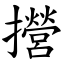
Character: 攚